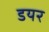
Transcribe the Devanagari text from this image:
डयर